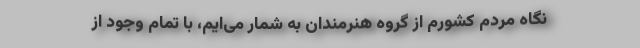
نگاهِ مردم کشورم از گروه هنرمندان به شمار می‌ایم، با تمام وجود از